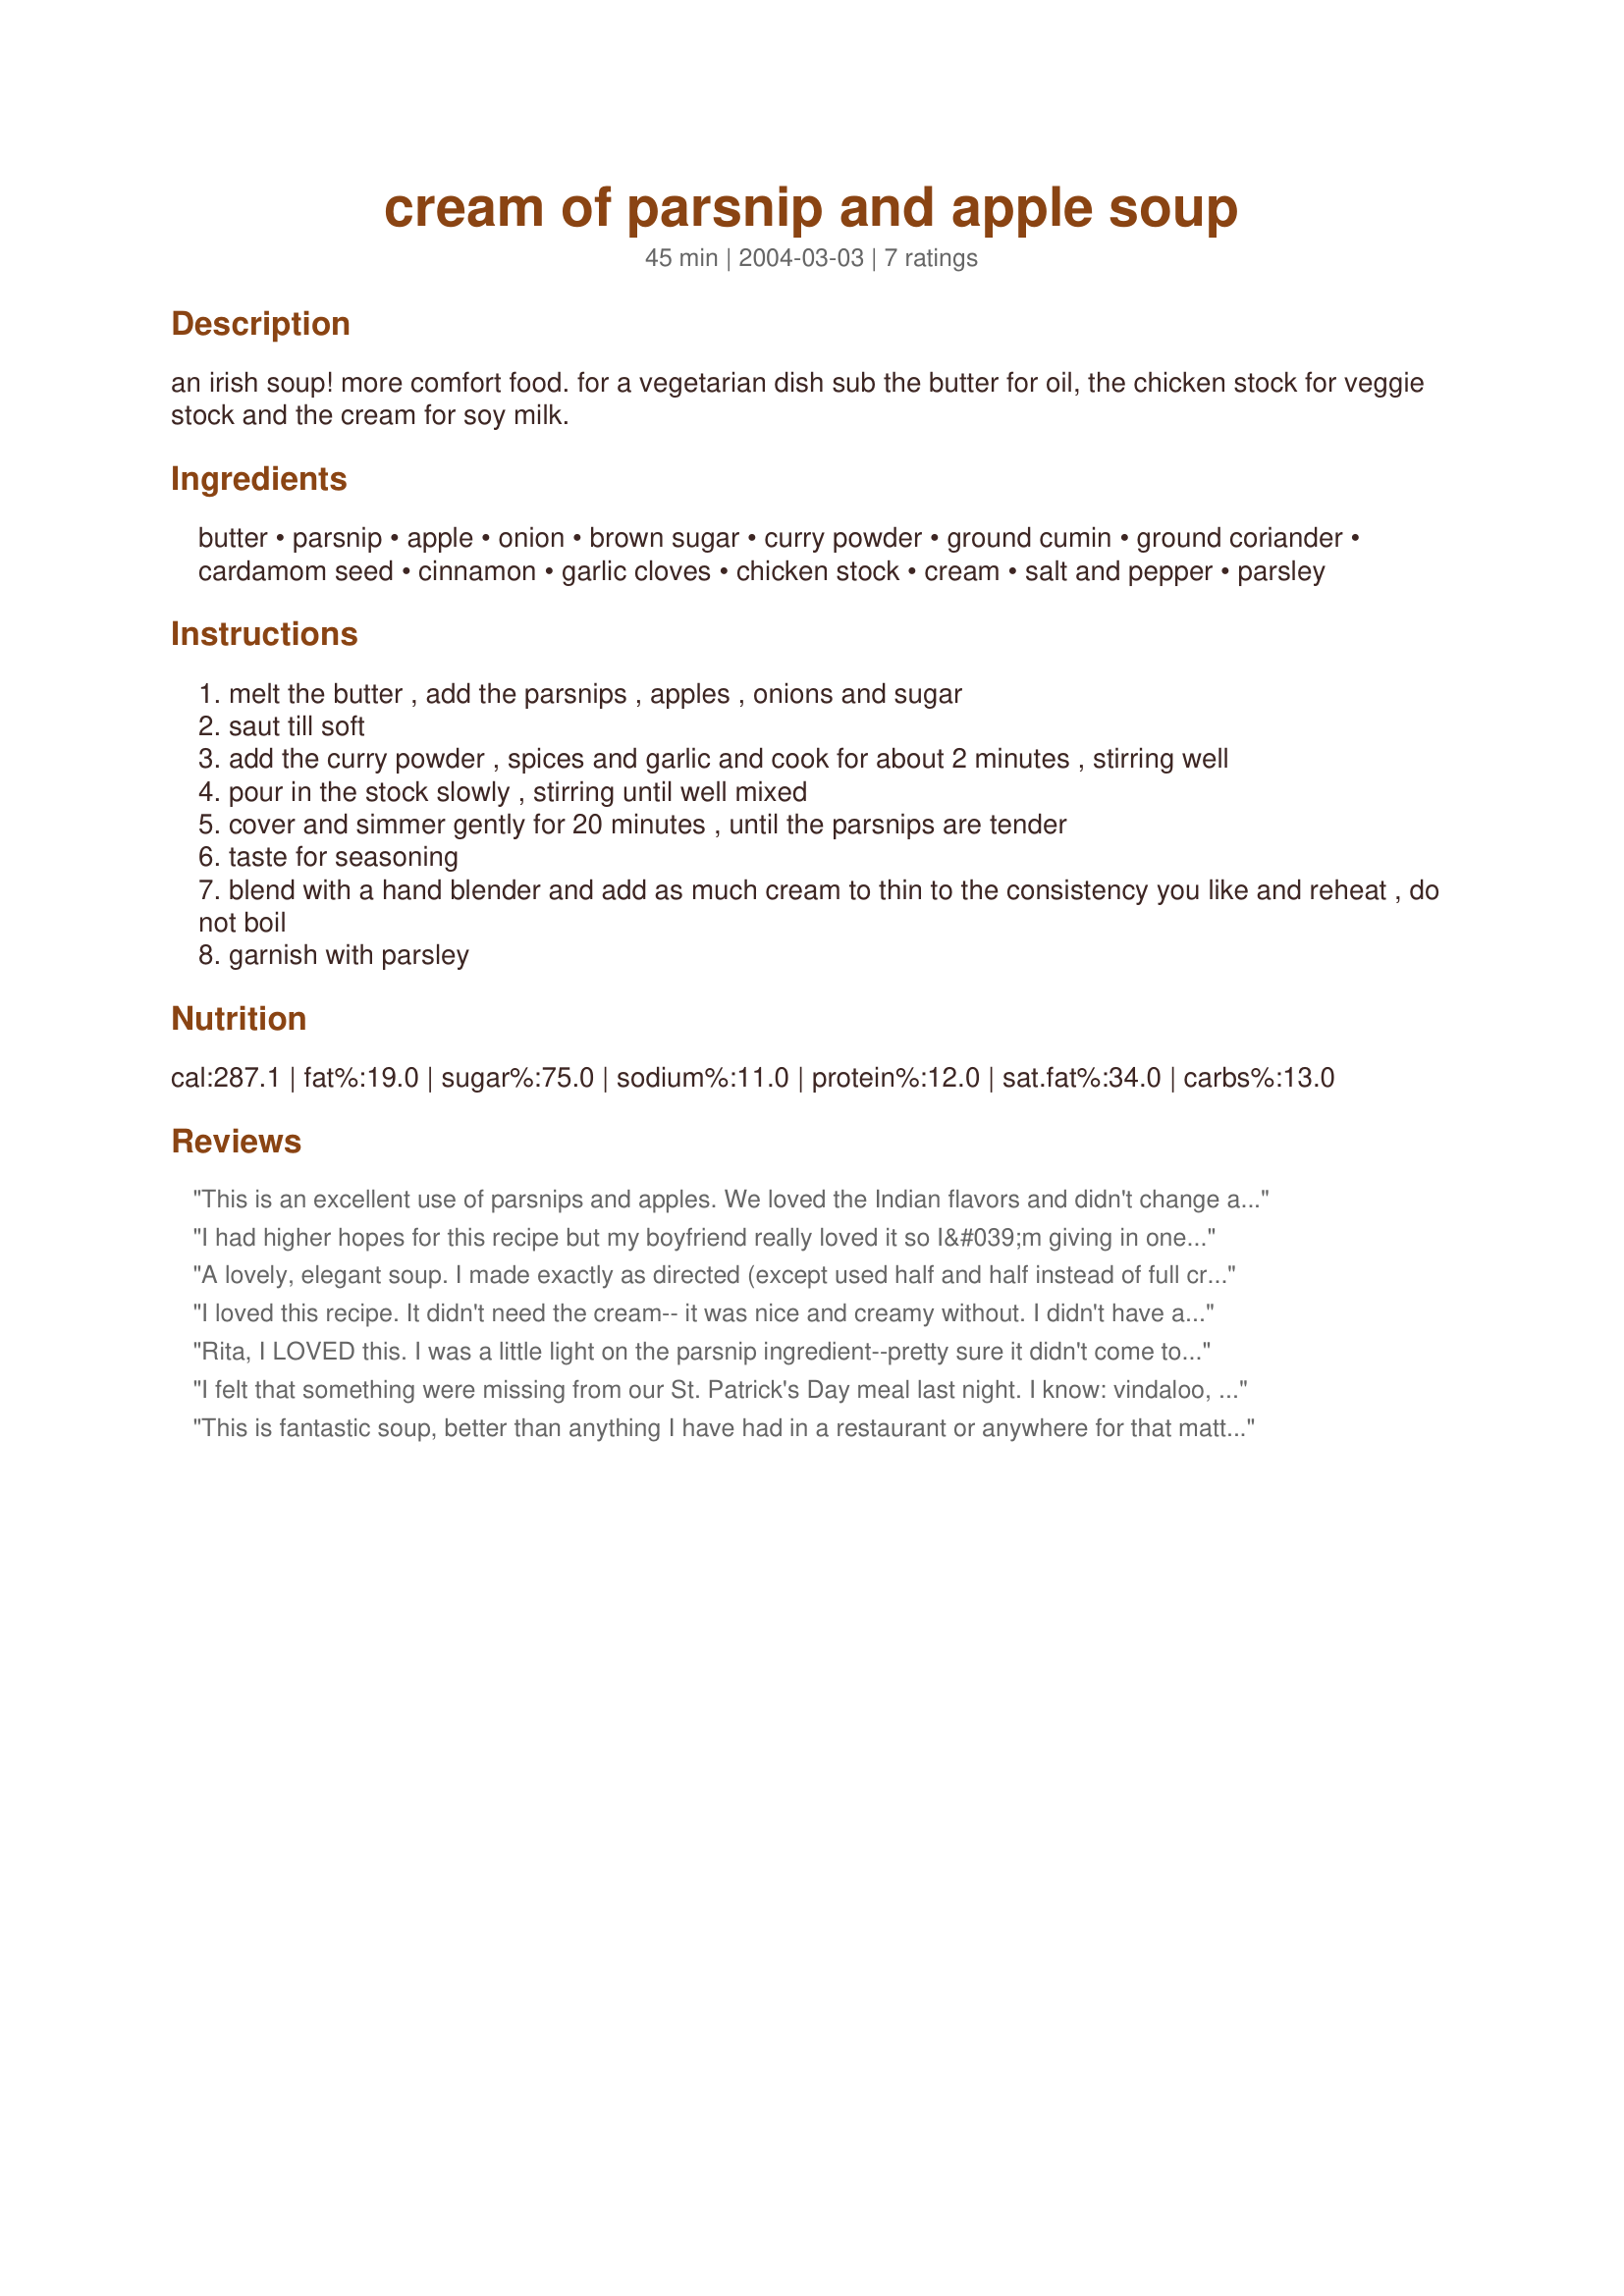
cream of parsnip and apple soup
Preparation time: 45 minutes

an irish soup! more comfort food. for a vegetarian dish sub the butter for oil, the chicken stock for veggie stock and the cream for soy milk.

Ingredients:
butter, parsnip, apple, onion, brown sugar, curry powder, ground cumin, ground coriander, cardamom seed, cinnamon, garlic cloves, chicken stock, cream, salt and pepper, parsley

Steps:
melt the butter , add the parsnips , apples , onions and sugar
saut till soft
add the curry powder , spices and garlic and cook for about 2 minutes , stirring well
pour in the stock slowly , stirring until well mixed
cover and simmer gently for 20 minutes , until the parsnips are tender
taste for seasoning
blend with a hand blender and add as much cream to thin to the consistency you like and reheat , do not boil
garnish with parsley

Reviews:
This is an excellent use of parsnips and apples. We loved the Indian flavors and didn't change a thing. I used fat free half and half for the cream which added a nice richness. Only skipped the parsley as I didn't have any on hand.
I had higher hopes for this recipe but my boyfriend really loved it so I&#039;m giving in one more star. We added me curry powder to try and tone down the apple flavor. I don&#039;t know why it was so strong as I weighed both the apple and parsnip and if anything I was light on the apple. I can&#039;t have dairy so tried it with soy and that was an improvement. Not sure I will make again.
A lovely, elegant soup. I made exactly as directed (except used half and half instead of full cream) and thought the soup perfectly balanced and the spice combination and amounts just right. It's easy enough to throw together for oneself and such a special soup that it would be perfect dinner party fare. I used a fairly mild curry; I suspect the veg and fruit could easily stand up to a stronger one. Many thanks, Rita.
I loved this recipe. It didn't need the cream-- it was nice and creamy without. I didn't have any apples, so I added applesauce instead-- yummy
Rita, I LOVED this. I was a little light on the parsnip ingredient--pretty sure it didn't come to a whole pound. Didn't have a blender, so I just mashed everything & whisked it together the best I could. No matter, I think I would love just the "soup" part alone without the fruit and veggies. Great dish!
I felt that something were missing from our St. Patrick's Day meal last night. I know: vindaloo, chapati and basmati rice (the faint strains of sitar music playing in the background...)! Is there an East Indian/Irish connection that I am unaware? I used only 1/2 cup of cream although I believe the soup could hold its own without the cream and cut down on fat content, if that's an issue for you. Fresh parsley from our herb garden supplied the Irish green. Served with Irish soda bread and Recipe #113457. What a combination of flavors! Finally, and most surprising of all: ~Tasty Dish~ approved. She ate a big people sized bowl of this soup! Who knew??!! ;)
This is fantastic soup, better than anything I have had in a restaurant or anywhere for that matter. I did cut down on the curry a tiny bit.
